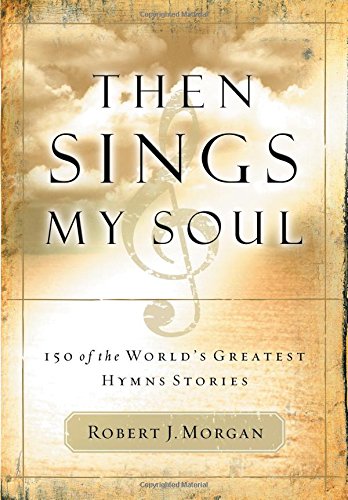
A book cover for Then Sings My Soul: 150 of the World's Greatest Hymn Stories; Robert Morgan; Christian Books & Bibles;